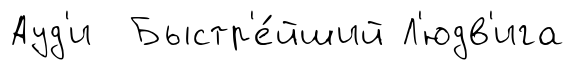
Ауд'и Быстр'е́йший Л'юдв'ига